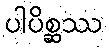
ပါပိစ္ဆဿ